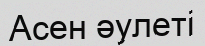
Асен әулеті